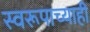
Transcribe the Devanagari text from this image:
स्वरूपाच्याही